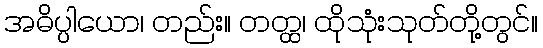
အဓိပ္ပါယော၊ တည်း။ တတ္ထ၊ ထိုသုံးသုတ်တို့တွင်။